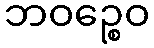
ဘဝဉ္စေဝ